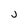
Character: j